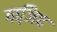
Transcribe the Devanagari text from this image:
वाजि़द